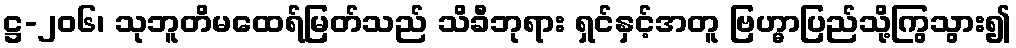
ဋ္ဌ-၂၀၆၊ သုဘူတိမထေရ်မြတ်သည် သိခီဘုရား ရှင်နှင့်အတူ ဗြဟ္မာပြည်သို့ကြွသွား၍